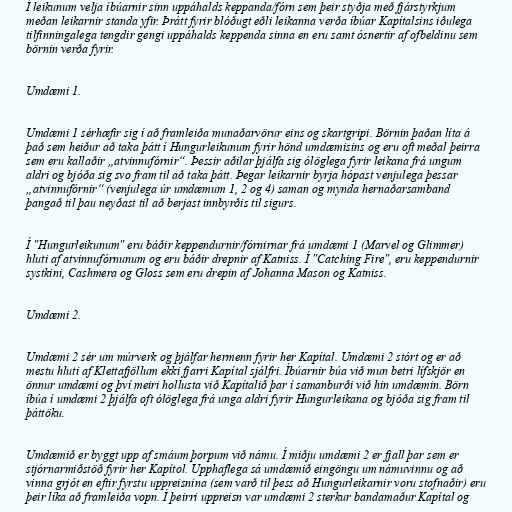
Í leikunum velja íbúarnir sinn uppáhalds keppanda/fórn sem þeir styðja með fjárstyrkjum
meðan leikarnir standa yfir. Þrátt fyrir blóðugt eðli leikanna verða íbúar Kapítalsins iðulega
tilfinningalega tengdir gengi uppáhalds keppenda sinna en eru samt ósnertir af ofbeldinu sem
börnin verða fyrir.

Umdæmi 1.

Umdæmi 1 sérhæfir sig í að framleiða munaðarvörur eins og skartgripi. Börnin þaðan líta á
það sem heiður að taka þátt í Hungurleikunum fyrir hönd umdæmisins og eru oft meðal þeirra
sem eru kallaðir „atvinnufórnir“. Þessir aðilar þjálfa sig ólöglega fyrir leikana frá ungum
aldri og bjóða sig svo fram til að taka þátt. Þegar leikarnir byrja hópast venjulega þessar
„atvinnufórnir“ (venjulega úr umdæmum 1, 2 og 4) saman og mynda hernaðarsamband
þangað til þau neyðast til að berjast innbyrðis til sigurs.

Í "Hungurleikunum" eru báðir keppendurnir/fórnirnar frá umdæmi 1 (Marvel og Glimmer)
hluti af atvinnufórnunum og eru báðir drepnir af Katniss. Í "Catching Fire", eru keppendurnir
systkini, Cashmera og Gloss sem eru drepin af Johanna Mason og Katniss.

Umdæmi 2.

Umdæmi 2 sér um múrverk og þjálfar hermenn fyrir her Kapítal. Umdæmi 2 stórt og er að
mestu hluti af Klettafjöllum ekki fjarri Kapítal sjálfri. Íbúarnir búa við mun betri lífskjör en
önnur umdæmi og því meiri hollusta við Kapítalið þar í samanburði við hin umdæmin. Börn
íbúa í umdæmi 2 þjálfa oft ólöglega frá unga aldri fyrir Hungurleikana og bjóða sig fram til
þáttöku.

Umdæmið er byggt upp af smáum þorpum við námu. Í miðju umdæmi 2 er fjall þar sem er
stjórnarmiðstöð fyrir her Kapítol. Upphaflega sá umdæmið eingöngu um námuvinnu og að
vinna grjót en eftir fyrstu uppreisnina (sem varð til þess að Hungurleikarnir voru stofnaðir) eru
þeir líka að framleiða vopn. Í þeirri uppreisn var umdæmi 2 sterkur bandamaður Kapítal og